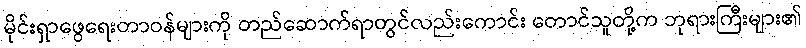
မိုင်းရှာဖွေရေးတာဝန်များကို တည်ဆောက်ရာတွင်လည်းကောင်း တောင်သူတို့က ဘုရားကြီးများ၏